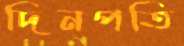
দিনপতি